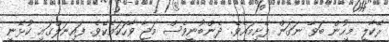
ރޭކާލީ މީހުން ބަވާ ނަގަން ފޭށިމައެވެ. ދެންބުނީވެސް މަޖާ ވާހަކައެކެވެ. ފައިނަލްގައި ކުޅޭނީ